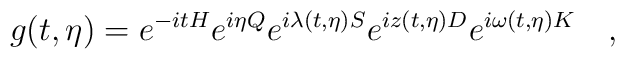
g(t,\eta)= e^{-itH} e^{i\eta Q} e^{i\lambda (t,\eta) S} e^{i z(t,\eta) D}e^{i\omega (t,\eta) K}\quad,